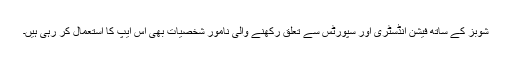
شوبز کے ساتھ فیشن انڈسٹری اور سپورٹس سے تعلق رکھنے والی نامور شخصیات بھی اس ایپ کا استعمال کر رہی ہیں۔